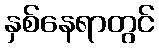
နှစ်နေရာတွင်